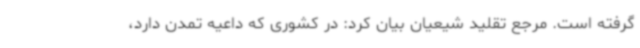
گرفته است. مرجع تقلید شیعیان بیان کرد: در کشوری که داعیه تمدن دارد،